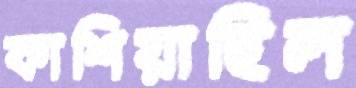
কাশিয়াছিল